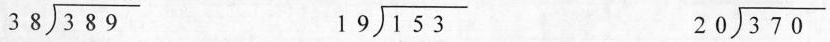
$$\longdiv { 3 8 9 } { 3 8 }$$ $$\longdiv { 1 5 3 } { 19 }$$ $$\longdiv { 3 7 0 } { 2 0 }$$